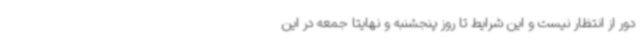
دور از انتظار نیست و این شرایط تا روز پنجشنبه و نهایتا جمعه در این